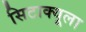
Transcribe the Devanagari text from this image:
सिटाक्यूला